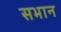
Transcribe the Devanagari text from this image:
सभान